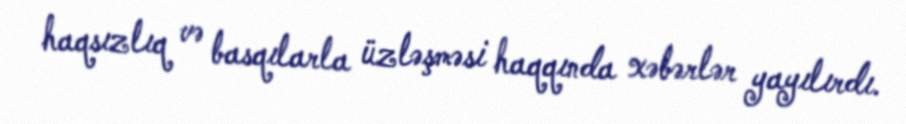
haqsızlıq və basqılarla üzləşməsi haqqında xəbərlər yayılırdı.